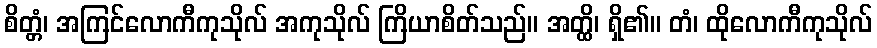
စိတ္တံ၊ အကြင်လောကီကုသိုလ် အကုသိုလ် ကြိယာစိတ်သည်။ အတ္ထိ၊ ရှိ၏။ တံ၊ ထိုလောကီကုသိုလ်